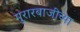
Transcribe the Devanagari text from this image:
मुरारबाजीच्या